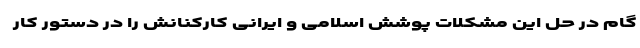
گام در حل این مشکلات پوشش اسلامی و ایرانی کارکنانش را در دستور کار